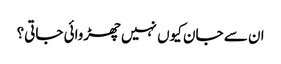
ان سے جان کیوں نہیں چھڑوائی جاتی؟